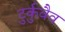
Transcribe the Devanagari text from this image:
टुर्कुवैव